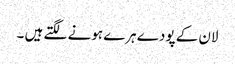
لان کے پودے ہرے ہونے لگتے ہیں ۔